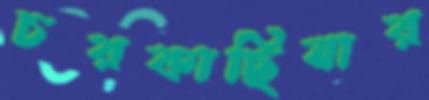
চরকাছিয়ার